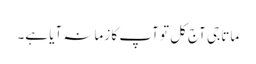
ماتا جی آج کل تو آپ کا زمانہ آیا ہے۔